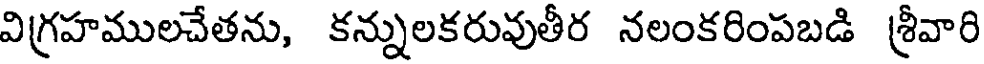
విగ్రహములచేతను, కన్నులకరువుతీర నలంకరింపబడి శ్రీవారి